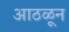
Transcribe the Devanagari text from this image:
आठळून